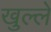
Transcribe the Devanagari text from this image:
खुल्ले